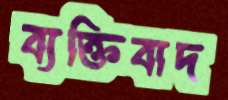
ব্যক্তিবাদ